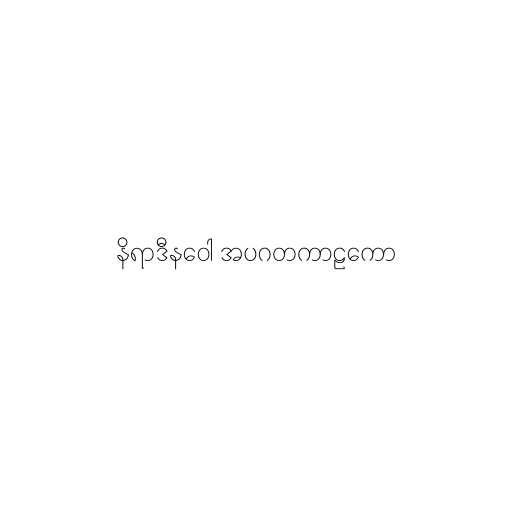
နိရာဒီနဝေါ အပဂတကာဠကော